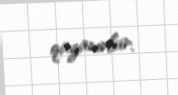
qazanırlar.